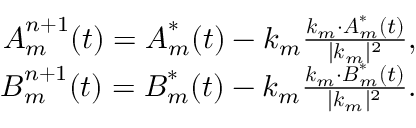
\begin{array} { r } { \boldsymbol { A } _ { m } ^ { n + 1 } ( t ) = \boldsymbol { A } _ { m } ^ { * } ( t ) - \boldsymbol { k } _ { m } \frac { \boldsymbol { k } _ { m } \cdot \boldsymbol { A } _ { m } ^ { * } ( t ) } { \lvert \boldsymbol { k } _ { m } \rvert ^ { 2 } } , } \\ { \boldsymbol { B } _ { m } ^ { n + 1 } ( t ) = \boldsymbol { B } _ { m } ^ { * } ( t ) - \boldsymbol { k } _ { m } \frac { \boldsymbol { k } _ { m } \cdot \boldsymbol { B } _ { m } ^ { * } ( t ) } { \lvert \boldsymbol { k } _ { m } \rvert ^ { 2 } } . } \end{array}